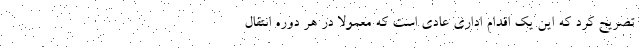
تصریح کرد که این یک اقدام اداری عادی است که معمولا در هر دوره انتقال